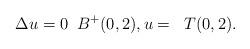
LaTeX: \begin{align*} \Delta u=0\;\; B^+(0,2),u=\;\;T(0,2).\end{align*}